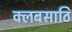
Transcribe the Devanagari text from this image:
क्लबसाठि